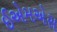
ઈએમએસ